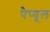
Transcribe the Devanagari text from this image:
पैप्यूल